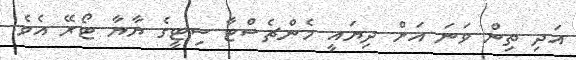
އަދި ތިން ވަނަ އަށް ދިޔައީ މެންޗެސްޓާ ސިޓީގެ ޔާޔާ ޓޯރޭ އެވެ.